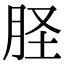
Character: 𦙾